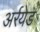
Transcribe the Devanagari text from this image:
अर्रयेड